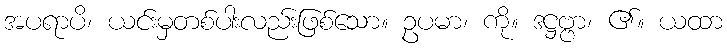
အပရာပိ၊ ယင်းမှတစ်ပါးလည်းဖြစ်သော။ ဥပမာ၊ ကို။ ဒဋ္ဌဗ္ဗာ၊ ၏။ ယထာ